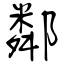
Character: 鄰